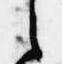
之